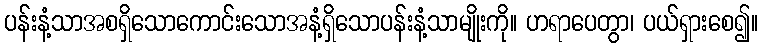
ပန်းနံ့သာအစရှိသောကောင်းသောအနံ့ရှိသောပန်းနံ့သာမျိုးကို။ ဟရာပေတွာ၊ ပယ်ရှားစေ၍။